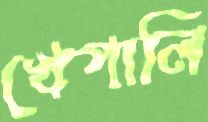
খেপালি